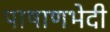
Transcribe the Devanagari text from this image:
पाषाणभेदी